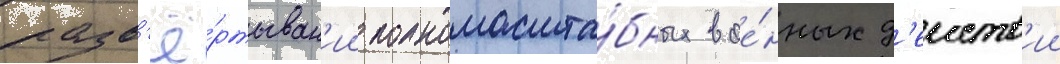
разв'ё́ртыван'ии полномасшта́бных вое́нных д'еиств'ии